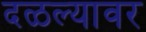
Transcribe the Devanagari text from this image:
दळल्यावर